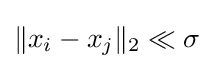
\|x_{i}-x_{j}\|_{2}\ll \sigma